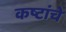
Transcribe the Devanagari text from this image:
कष्टांचे